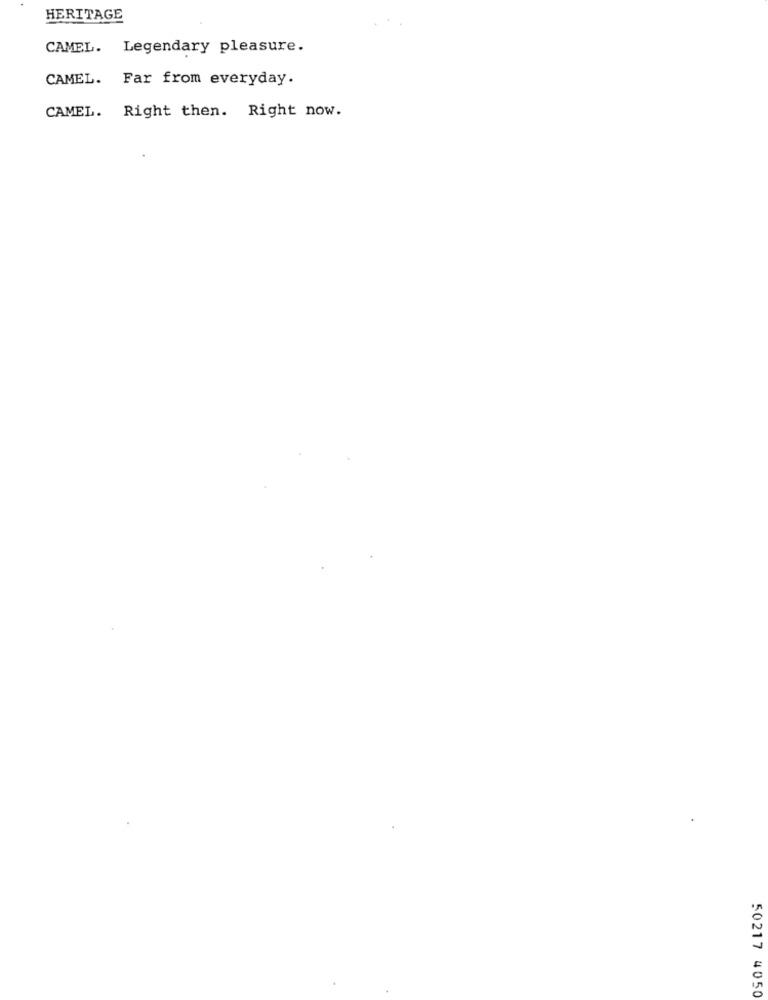
HERITAGE
CAMEL. Legendary pleasure.
CAMEL. Far from everyday.
CAMEL. Right then. Right now.
50217 4050